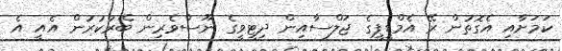
ކަމަށާއި އެގޮތުން ރޭ އެމްޑީޕީގެ ޖަލްސާއިން ދިޓީވީގެ ނޫސްވެރިން ބޭރުކުރުން އެއީ އެ